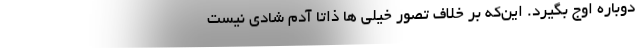
دوباره اوج بگیرد. این‌که بر خلاف تصور خیلی ها ذاتاً آدم شادی نیست